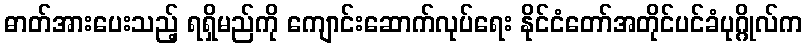
ဓာတ်အားပေးသည့် ရရှိမည်ကို ကျောင်းဆောက်လုပ်ရေး နိုင်ငံတော်အတိုင်ပင်ခံပုဂ္ဂိုလ်က